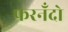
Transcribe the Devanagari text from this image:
फरनँदो